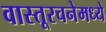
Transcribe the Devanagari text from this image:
वास्तूरचनेमध्ये